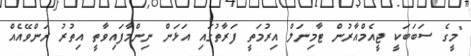
"މީގެ ސަބަބަކީ ޖީއެމްއާރުން ޓާމިނަލް އިރުމަތީ ފަރާތުގައި އަޅަން ނިންމާފައިވާތީ އިތުރު ރަންވޭއެއް